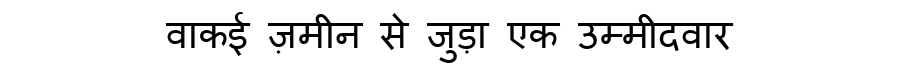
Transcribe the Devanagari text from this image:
वाकई ज़मीन से जुड़ा एक उम्मीदवार